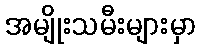
အမျိုးသမီးများမှာ